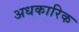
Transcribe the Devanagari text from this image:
अधकारिक